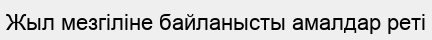
Жыл мезгіліне байланысты амалдар реті